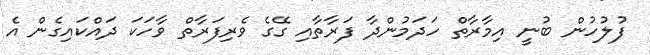
ފުލުހުން ބުނީ އިމާރާތް ހަދަމުންދާ ފަރާތާއި ގޭގެ ވެރިފަރާތް ވާހަކަ ދައްކައިގެން އެ